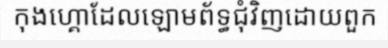
កុងហ្គោដែលឡោមព័ទ្ធជុំវិញដោយពួក